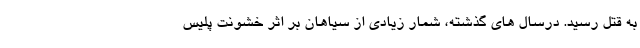
به قتل رسید. درسال‌ های گذشته، شمار زیادی از سیاهان بر اثر خشونت پلیس